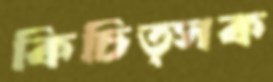
কিচিত্সক